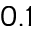
0 . 1